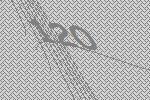
120